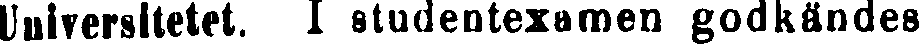
Universitetet. I studentexamen godkändes